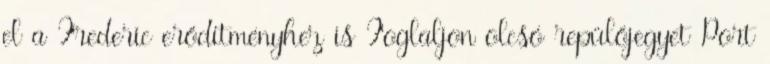
el a Frederic erődítményhez is Foglaljon olcsó repülőjegyet Port